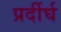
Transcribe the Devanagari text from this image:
प्रर्दीर्घ